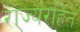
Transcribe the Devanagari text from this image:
राज्यरहित